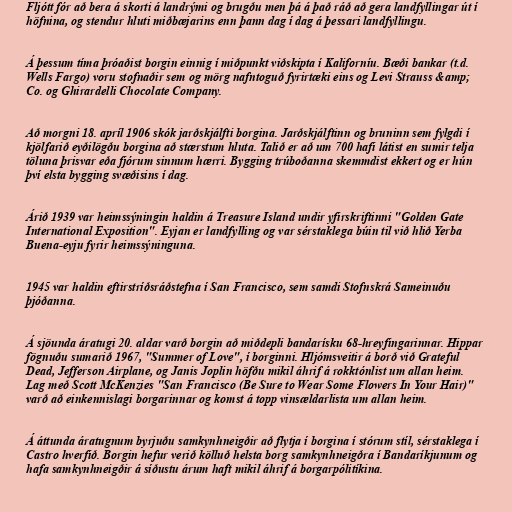
Fljótt fór að bera á skorti á landrými og brugðu men þá á það ráð að gera landfyllingar út í
höfnina, og stendur hluti miðbæjarins enn þann dag í dag á þessari landfyllingu.

Á þessum tíma þróaðist borgin einnig í miðpunkt viðskipta í Kaliforníu. Bæði bankar (t.d.
Wells Fargo) voru stofnaðir sem og mörg nafntoguð fyrirtæki eins og Levi Strauss &amp;
Co. og Ghirardelli Chocolate Company.

Að morgni 18. apríl 1906 skók jarðskjálfti borgina. Jarðskjálftinn og bruninn sem fylgdi í
kjölfarið eyðilögðu borgina að stærstum hluta. Talið er að um 700 hafi látist en sumir telja
töluna þrisvar eða fjórum sinnum hærri. Bygging trúboðanna skemmdist ekkert og er hún
því elsta bygging svæðisins í dag.

Árið 1939 var heimssýningin haldin á Treasure Island undir yfirskriftinni "Golden Gate
International Exposition". Eyjan er landfylling og var sérstaklega búin til við hlið Yerba
Buena-eyju fyrir heimssýninguna.

1945 var haldin eftirstríðsráðstefna í San Francisco, sem samdi Stofnskrá Sameinuðu
þjóðanna.

Á sjöunda áratugi 20. aldar varð borgin að miðdepli bandarísku 68-hreyfingarinnar. Hippar
fögnuðu sumarið 1967, "Summer of Love", í borginni. Hljómsveitir á borð við Grateful
Dead, Jefferson Airplane, og Janis Joplin höfðu mikil áhrif á rokktónlist um allan heim.
Lag með Scott McKenzies "San Francisco (Be Sure to Wear Some Flowers In Your Hair)"
varð að einkennislagi borgarinnar og komst á topp vinsældarlista um allan heim.

Á áttunda áratugnum byrjuðu samkynhneigðir að flytja í borgina í stórum stíl, sérstaklega í
Castro hverfið. Borgin hefur verið kölluð helsta borg samkynhneigðra í Bandaríkjunum og
hafa samkynhneigðir á síðustu árum haft mikil áhrif á borgarpólitíkina.